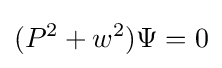
(P^{2}+w^{2})\Psi =0